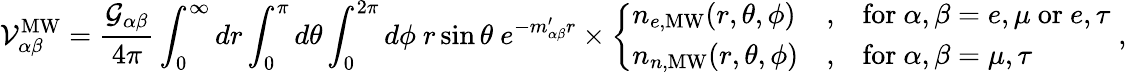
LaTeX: \mathcal{V}_{\alpha\beta}^{\mathrm{{MW}}}=\frac{{\mathcal{{G}}_{\alpha\beta}}}{{4\pi}}\int_{0}^{\infty}dr\int_{0}^{\pi}d\theta\int_{0}^{2\pi}d\phi~r\sin\theta~e^{-m_{\alpha\beta}^{\prime}r}\times\left\{ \begin{array}{lll}{n_{e,\mathrm{MW}}(r,\theta,\phi)}&{,}&{\mathrm{for}~\alpha,\beta=e,\mu~\mathrm{or}~e,\tau}\\ {n_{n,\mathrm{MW}}(r,\theta,\phi)}&{,}&{\mathrm{for}~\alpha,\beta=\mu,\tau}\end{array}\right.\; ,